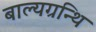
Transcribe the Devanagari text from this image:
बाल्यग्रन्थि